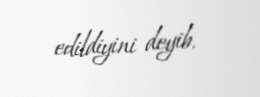
edildiyini deyib.